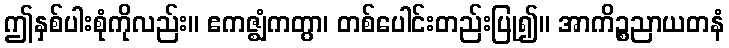
ဤနှစ်ပါးစုံကိုလည်း။ ဧကဇ္ဈံကတွာ၊ တစ်ပေါင်းတည်းပြု၍။ အာကိဉ္စညာယတနံ